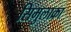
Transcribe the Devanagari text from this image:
सिमुलाक्रा